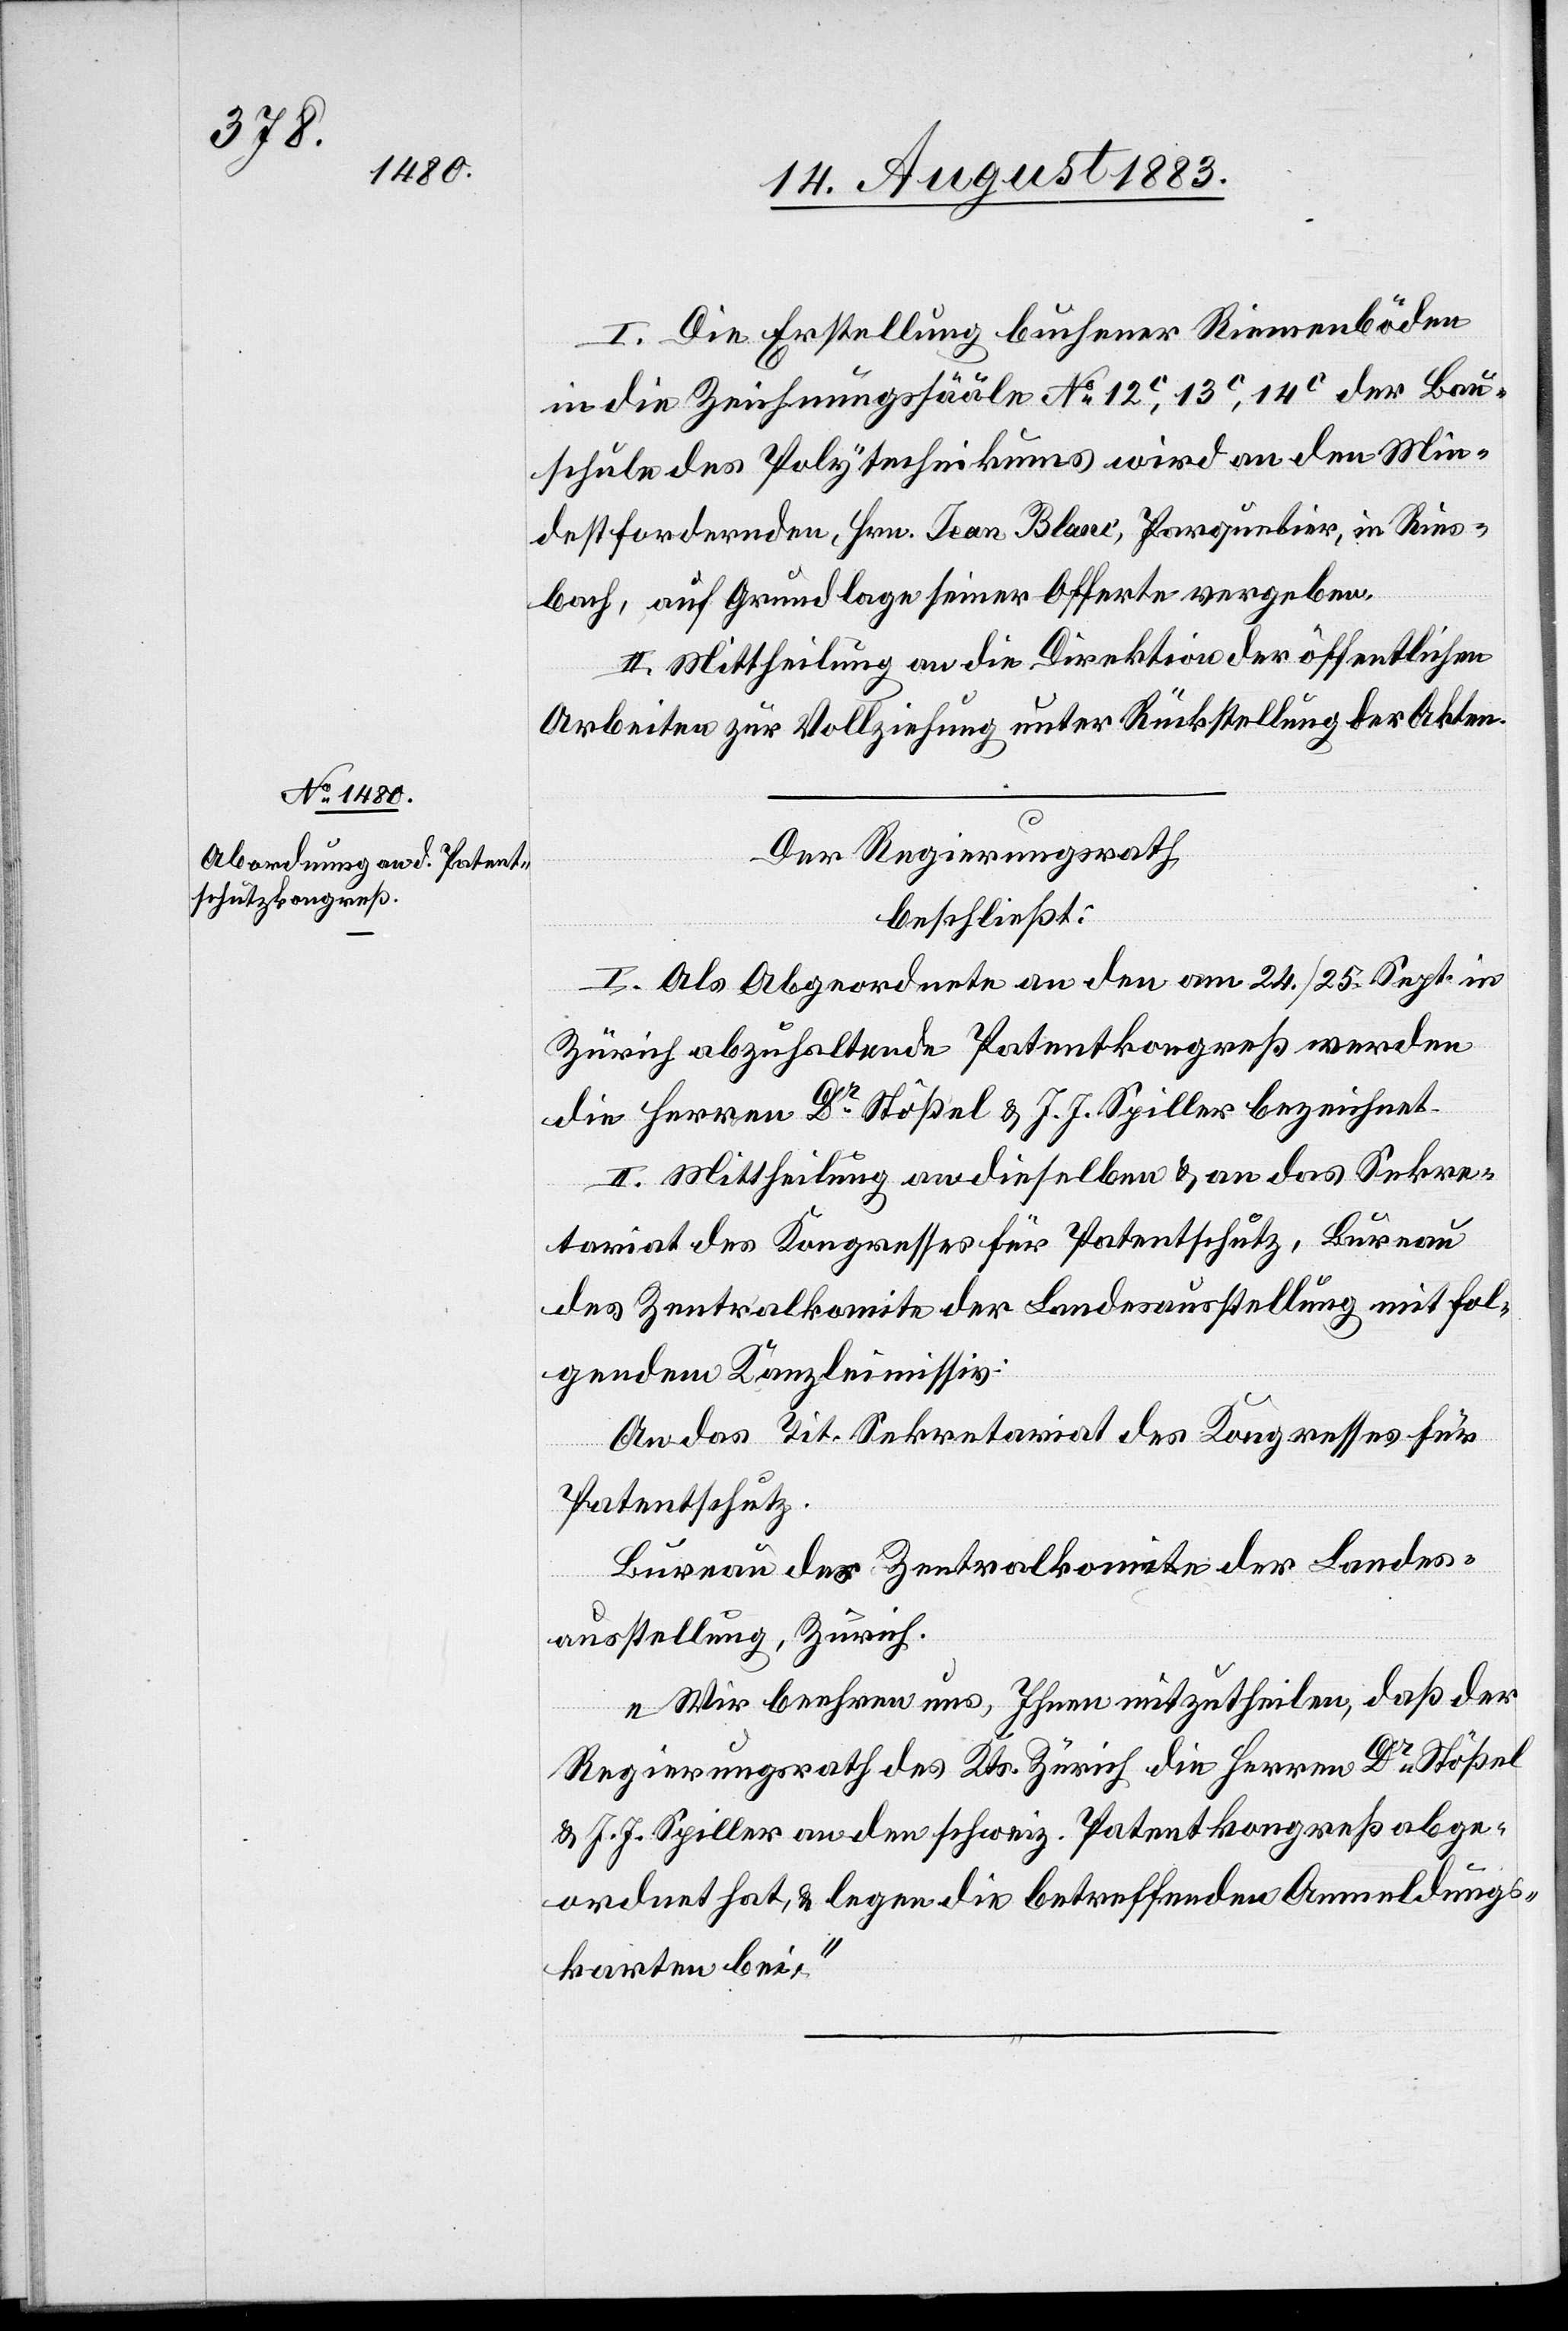
I. Die Erstellung buchener Riemenböden
in die Zeichnungssääle No 12c, 13c, 14c der Bau¬
schule des Polytechnikums wird an den Min¬
destfordernden, Hrn. Jean Blanc, Parquetier, in Ries¬
bach, auf Grundlage seiner Offerte vergeben.
II. Mittheilung an die Direktion der öffentlichen
Arbeiten zur Vollziehung unter Rückstellung der Akten.
Der Regierungsrath,
beschließt:
I. Als Abgeordnete an den am 24./25. Sept. in
Zürich abzuhaltende[n] Patentkongreß werden
die Herren Dr Stößel & J. J. Spiller bezeichnet.
II. Mittheilung an dieselben & an das Sekre¬
tariat des Kongresses für Patentschutz, Bureau
des Zentralkomite der Landesausstellung mit fol¬
gendem Kanzleimissiv:
An das Tit. Sekretariat des Kongresses für
Patentschutz.
Bureau des Zentralkomite der Landes¬
ausstellung Zürich.
„Wir beehren uns, Ihnen mitzutheilen, daß der
Regierungsrath des Kts. Zürich die Herren Dr Stößel
& J. J. Spiller an den schweiz. Patentkongreß abge¬
ordnet hat, & legen die betreffenden Anmeldungs¬
karten bei.“